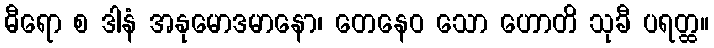
ဓီရော စ ဒါနံ အနုမောဒမာနော၊ တေနေဝ သော ဟောတိ သုခီ ပရတ္ထ။